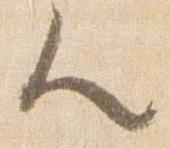
人